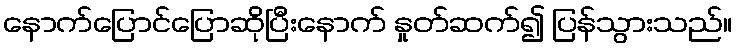
နောက်ပြောင်ပြောဆိုပြီးနောက် နှုတ်ဆက်၍ ပြန်သွားသည်။